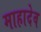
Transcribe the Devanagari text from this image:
माहादेव